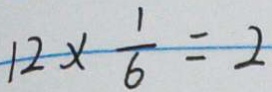
1 2 \times \frac { 1 } { 6 } = 2